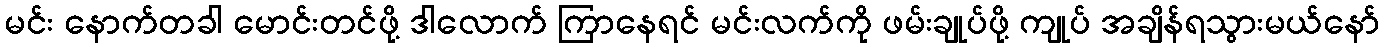
မင်း နောက်တခါ မောင်းတင်ဖို့ ဒါလောက် ကြာနေရင် မင်းလက်ကို ဖမ်းချုပ်ဖို့ ကျုပ် အချိန်ရသွားမယ်နော်